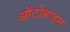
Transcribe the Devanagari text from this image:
ऑटोबाहन